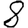
Digit: 8